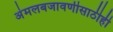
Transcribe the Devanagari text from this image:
अंमलबजावणीसाठीही